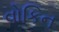
વોકિન